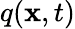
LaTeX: q(\mathbf{x},t)